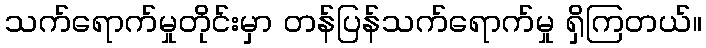
သက်ရောက်မှုတိုင်းမှာ တန်ပြန်သက်ရောက်မှု ရှိကြတယ်။